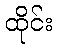
ထိုင်း